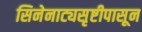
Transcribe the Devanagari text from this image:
सिनेनाट्यसृष्टीपासून